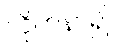
လိုက်နာ၍